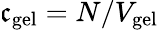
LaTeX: \mathfrak{c}_{\mathrm{{gel}}}=N/V_{\mathrm{{gel}}}